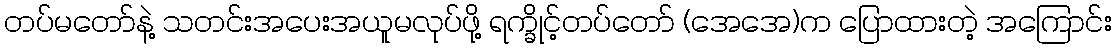
တပ်မတော်နဲ့ သတင်းအပေးအယူမလုပ်ဖို့ ရက္ခိုင့်တပ်တော် (အေအေ)က ပြောထားတဲ့ အကြောင်း